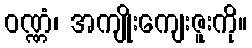
ဝဏ္ဏံ၊ အကျိုးကျေးဇူးကို။